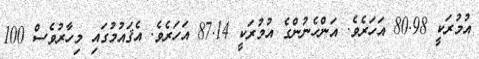
އުމުރަކީ 80.98 އަހަރެވެ. އަންހެނުންގެ އުމުރަކީ 87.14 އަހަރެވެ. އެޤައުމުގައި މިހާރުވެސް 100